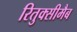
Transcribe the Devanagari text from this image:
रितुक्सीमैब